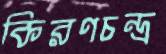
কিরণচন্দ্র